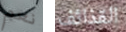
نعم القذائف